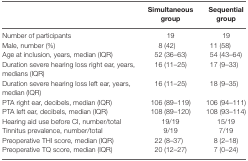
<table><thead><tr><td></td><td><b>Simultaneous group</b></td><td><b>Sequential group</b></td></tr></thead><tbody><tr><td>Number of participants</td><td>19</td><td>19</td></tr><tr><td>Male, number (%)</td><td>8 (42)</td><td>11 (58)</td></tr><tr><td>Age at inclusion, years, median (IQR)</td><td>52 (36–63)</td><td>54 (43–64)</td></tr><tr><td>Duration severe hearing loss right ear, years, medians (IQR)</td><td>16 (11–25)</td><td>17 (9–33)</td></tr><tr><td>Duration severe hearing loss left ear, years, median (IQR)</td><td>16 (11–25)</td><td>18 (9–35)</td></tr><tr><td>PTA right ear, decibels, median (IQR)</td><td>106 (89–119)</td><td>106 (94–111)</td></tr><tr><td>PTA left ear, decibels, median (IQR)</td><td>108 (89–120)</td><td>108 (93–114)</td></tr><tr><td>Hearing aid use before CI, number/total</td><td>19/19</td><td>15/19</td></tr><tr><td>Tinnitus prevalence, number/total</td><td>9/19</td><td>7/19</td></tr><tr><td>Preoperative THI score, median (IQR)</td><td>22 (8–37)</td><td>8 (2–18)</td></tr><tr><td>Preoperative TQ score, median (IQR)</td><td>20 (12–27)</td><td>7 (0–24)</td></tr></tbody></table>